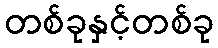
တစ်ခုနှင့်တစ်ခု